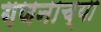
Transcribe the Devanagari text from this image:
गणनाच्या